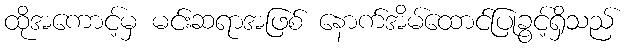
ထိုအကောင့်မှ မင်းဆရာအဖြစ် နောက်အိမ်ထောင်ပြုခွင့်ရှိသည်